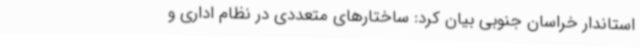
استاندار خراسان جنوبی بیان کرد: ساختارهای متعددی در نظام اداری و